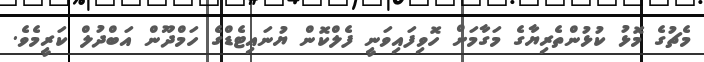
މެޗުގެ މޮޅު ކުޅުންތެރިޔާގެ މަގާމަށް ހޮވިފައިވަނީ ފެލްކޮން ޔުނައިޓެޑްގެ ހަމްދޫން އަބްދުލް ކަރީމެވެ.